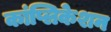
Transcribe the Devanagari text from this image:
कांप्लिकेशन